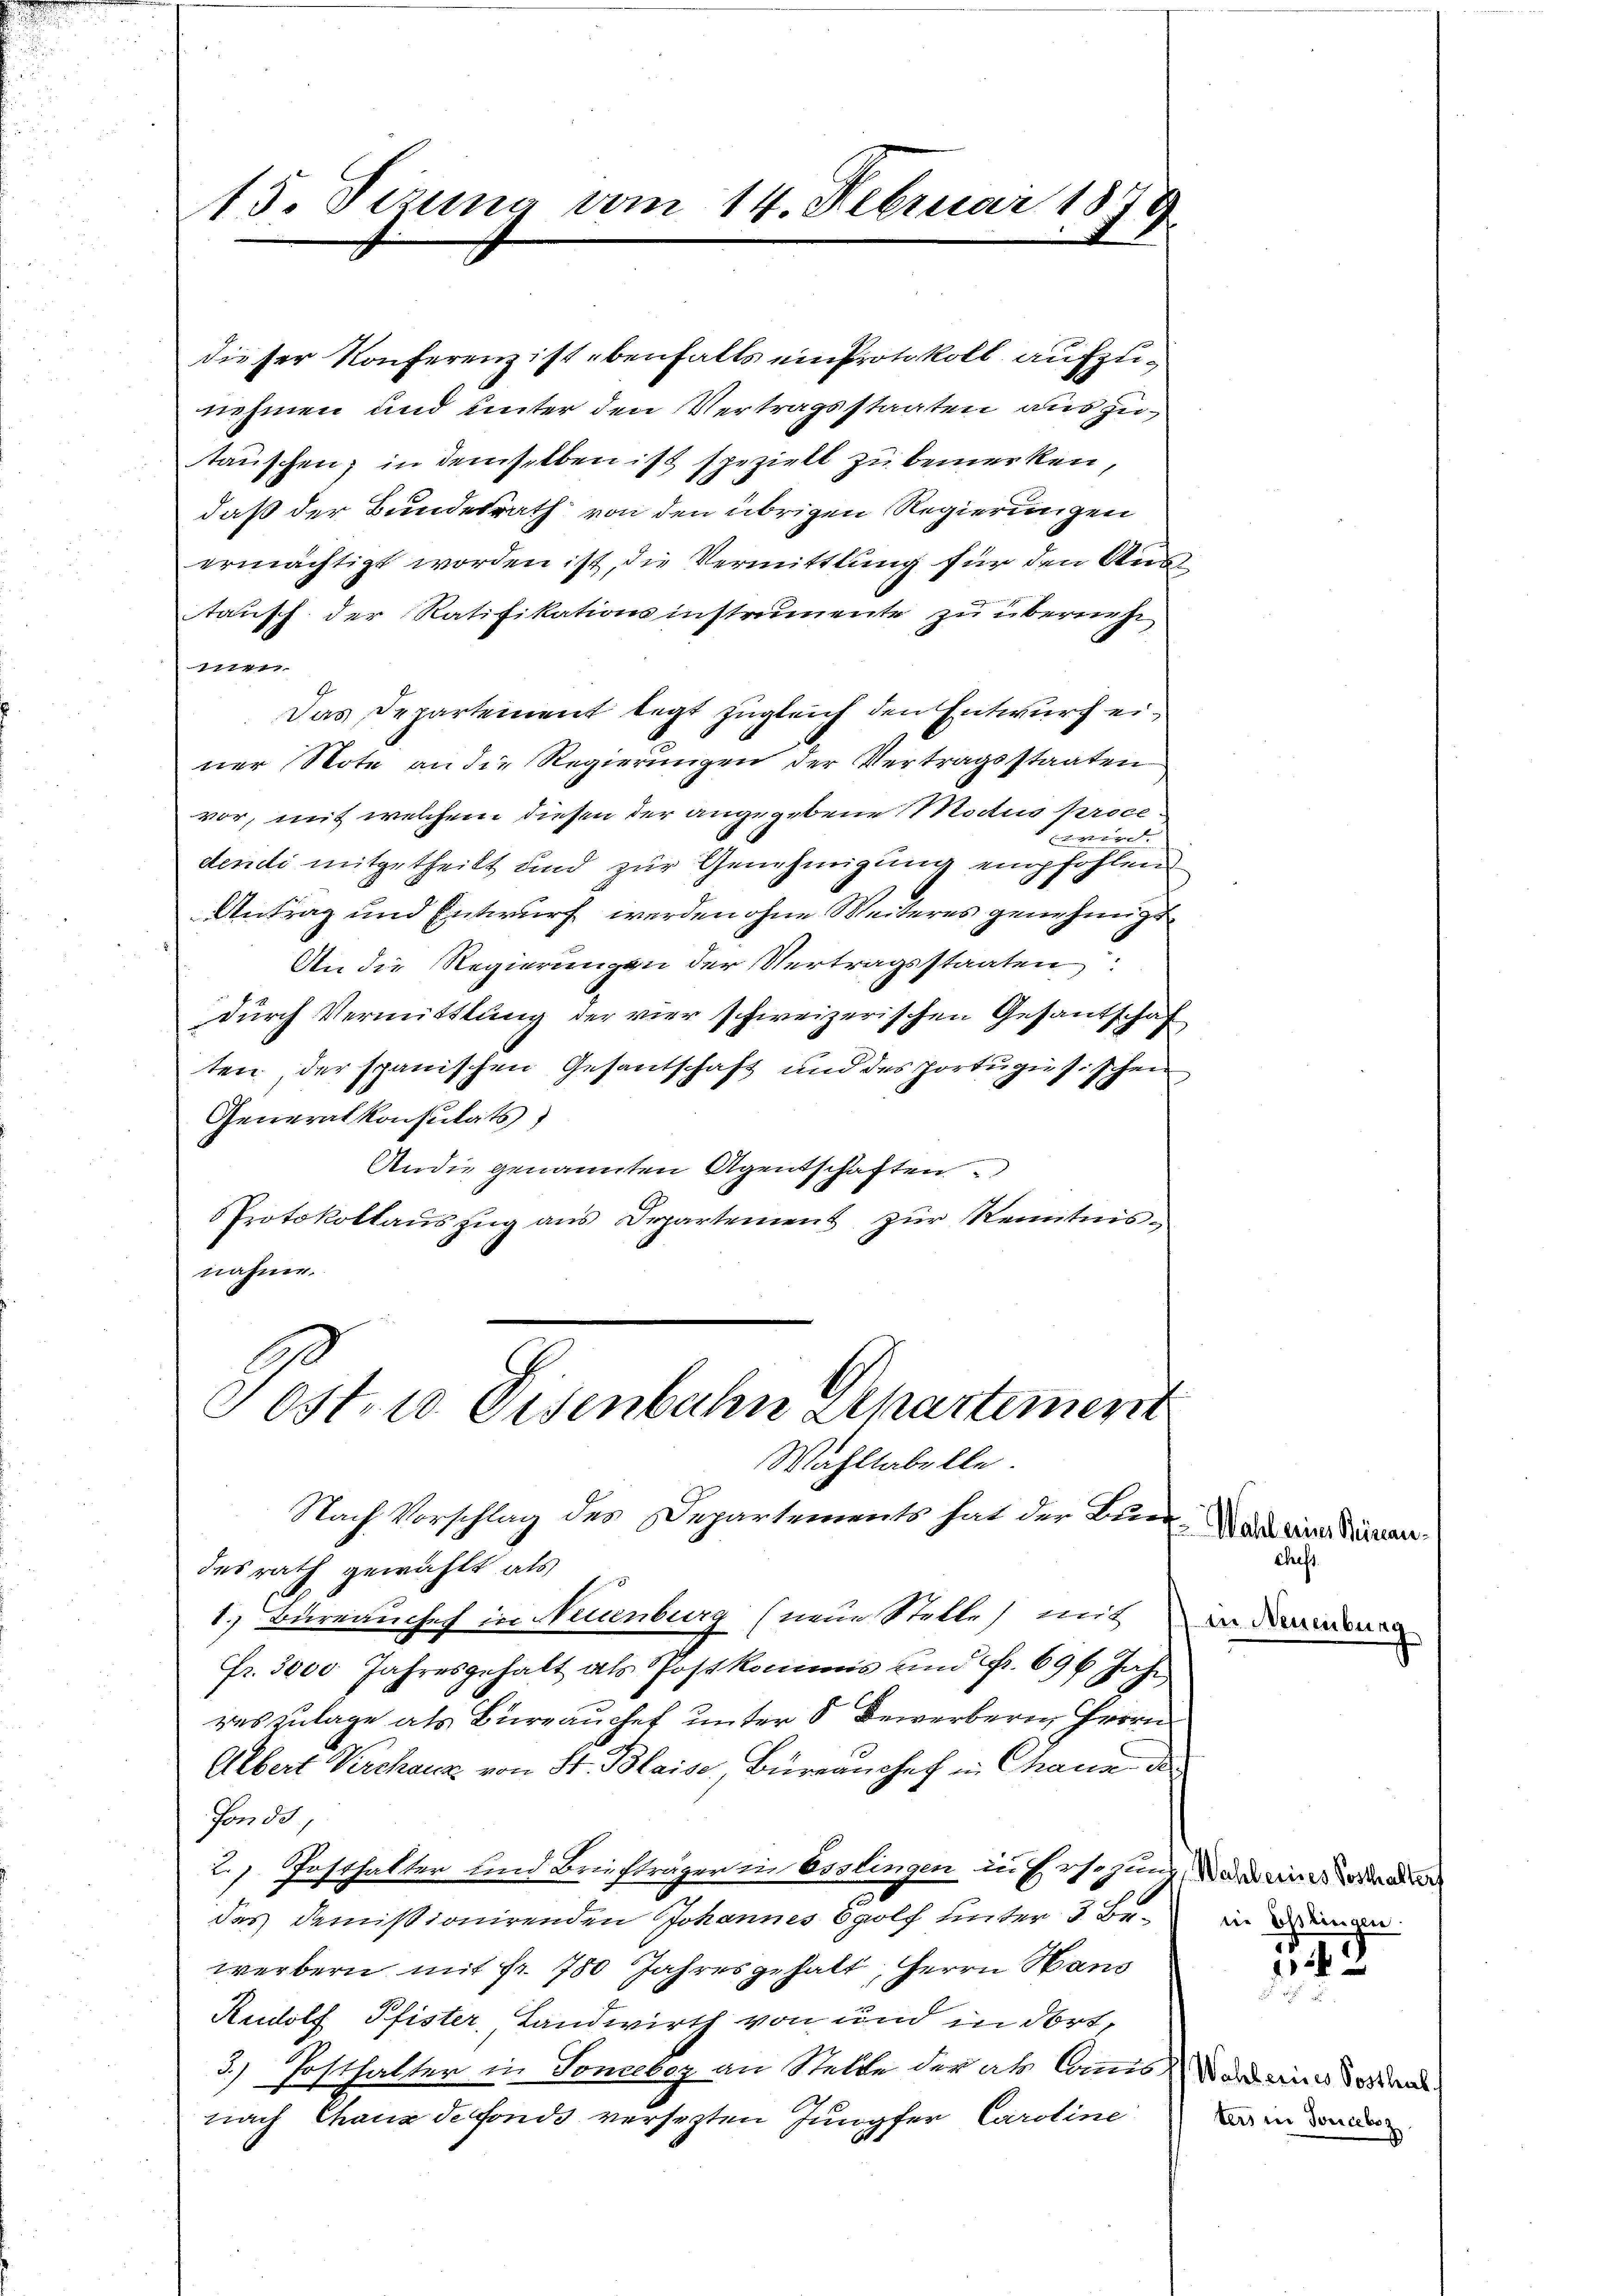
215. Vizung vom 14. Februar 1879

dieser Konferenz ist ebenfalls einprotokoll aufzunehmen und unter den Vertragsstaaten auszutauschen; in demselben ist speziell zu bemerken,
daß der Bundesrath von den übrigen Regierungen
ermächtigt worden ist, die Vermittlung für den Austausch der Ratifikationsinstrumente zu übernehm
77
Das Departement legt zugleich den Entwurf erner Note an die Regierungen der Vertragsstaaten
vor, mit welchem diesen der angegebene Modus proce¬
 wird.
dendi mitgetheilt und zur Genehmigung empfohlen
Antrag und Entwurf werden ohne Weiteres genehmigt
An die Regierungen der Vertragsstaaten
durch Vermittlung der vier schweizerischen Gesandschaf
ten der spanischen Gesantschaft und des portugisischen
Generalkonsulats)
Andie genannten Agentschaften.
Protokollaŭszŭg ans Departement zŭr Kenntnis-
nähme.

Post in Eisenbahn Departement

Wahltabelle.
Nach Vorschlag des Departements hat der Lehrer. Was ein dernendesrath gewählt als
1. Büreauchef in Neuenburg (neue Stelle) mit
fr. 3000 Jahresgehalt als Postkommis und Fr. 696 Jahr
reszulage als Büreauchet unter 8 Bewerberen Herrn
Albert Kerchanz von St. Blaise, Büreanchef in Chana die
Fonds,
2.). Posthalter und Briefträger in Esslingen in Ersezung, da wie da
das demissionirenden Johannes Egolf unter 3 Bewerbern mit Fr. 780 Jahres gehalt, Herrn Haus
Rudolf Pfister, Landwirth von und in dort,
3.) Posthalter in Sonceboz an Stelle der als Commissa eine Sonde
nach Chaux de fonds versezten Jungfer Caroline

chech
n Neuenburg

die Esslingen

145

ters in Souceboz